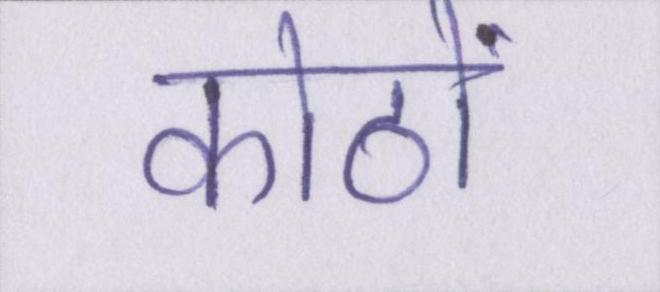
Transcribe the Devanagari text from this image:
कोठों